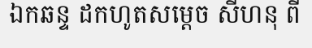
ឯកឆន្ទ ដកហូតសម្តេច សីហនុ ពី